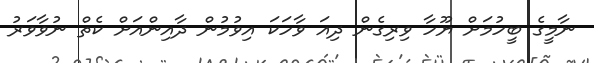
ނާމީގެ ބީހުމަށް ޔޫހާ ވިރިގެން ދިއަ ވާހަކަ އިވުމުން ދާއިންއަށް ކެތް ނުވާވަރު